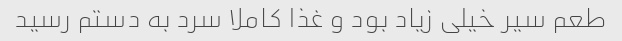
طعم سیر خیلی زیاد بود و غذا کاملا سرد به دستم رسید